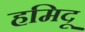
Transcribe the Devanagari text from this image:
हमिदू